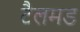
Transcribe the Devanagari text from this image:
टैलमड